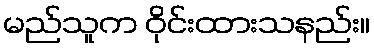
မည်သူက ဝိုင်းထားသနည်း။